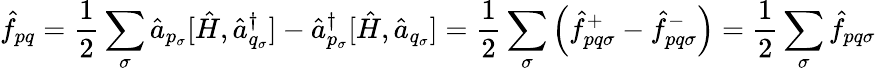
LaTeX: \hat{f}_{pq}=\frac{1}{2}\sum_{\sigma}\hat{a}_{p_{\sigma}}[\hat{H},\hat{a}_{q_{\sigma}}^{\dagger}]-\hat{a}_{p_{\sigma}}^{\dagger}[\hat{H},\hat{a}_{q_{\sigma}}]=\frac{1}{2}\sum_{\sigma}\left(\hat{f}_{pq\sigma}^{+}-\hat{f}_{pq\sigma}^{-}\right)=\frac{1}{2}\sum_{\sigma}\hat{f}_{pq\sigma}